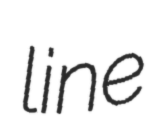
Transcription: line